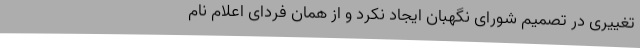
تغییری در تصمیم شورای نگهبان ایجاد نکرد و از همان فردای اعلام نام